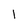
Character: l